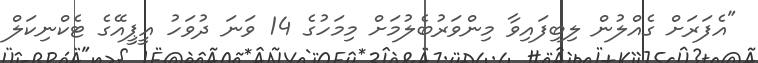
"އެފަރަށް ގެއްލުން ލިބިފައިވާ މިންވަރުބެލުމަށް މިމަހުގެ 14 ވަނަ ދުވަހު އީޕީއޭގެ ޓެކްނިކަލް